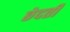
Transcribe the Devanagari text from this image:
छेदती